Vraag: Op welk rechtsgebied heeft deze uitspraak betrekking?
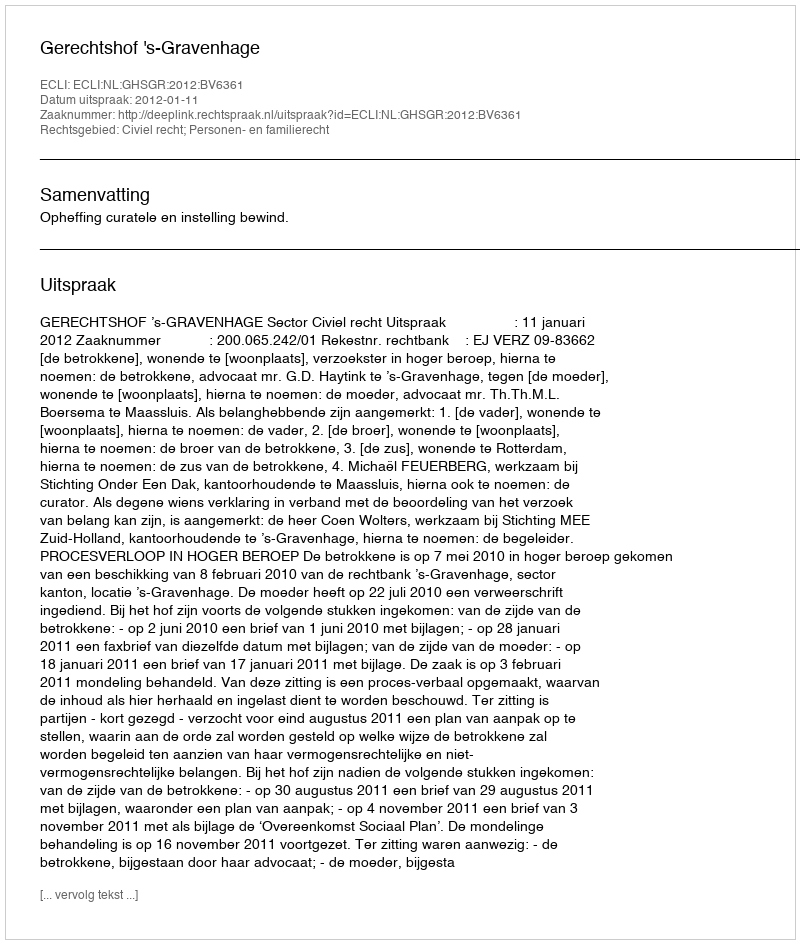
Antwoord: Civiel recht; Personen- en familierecht